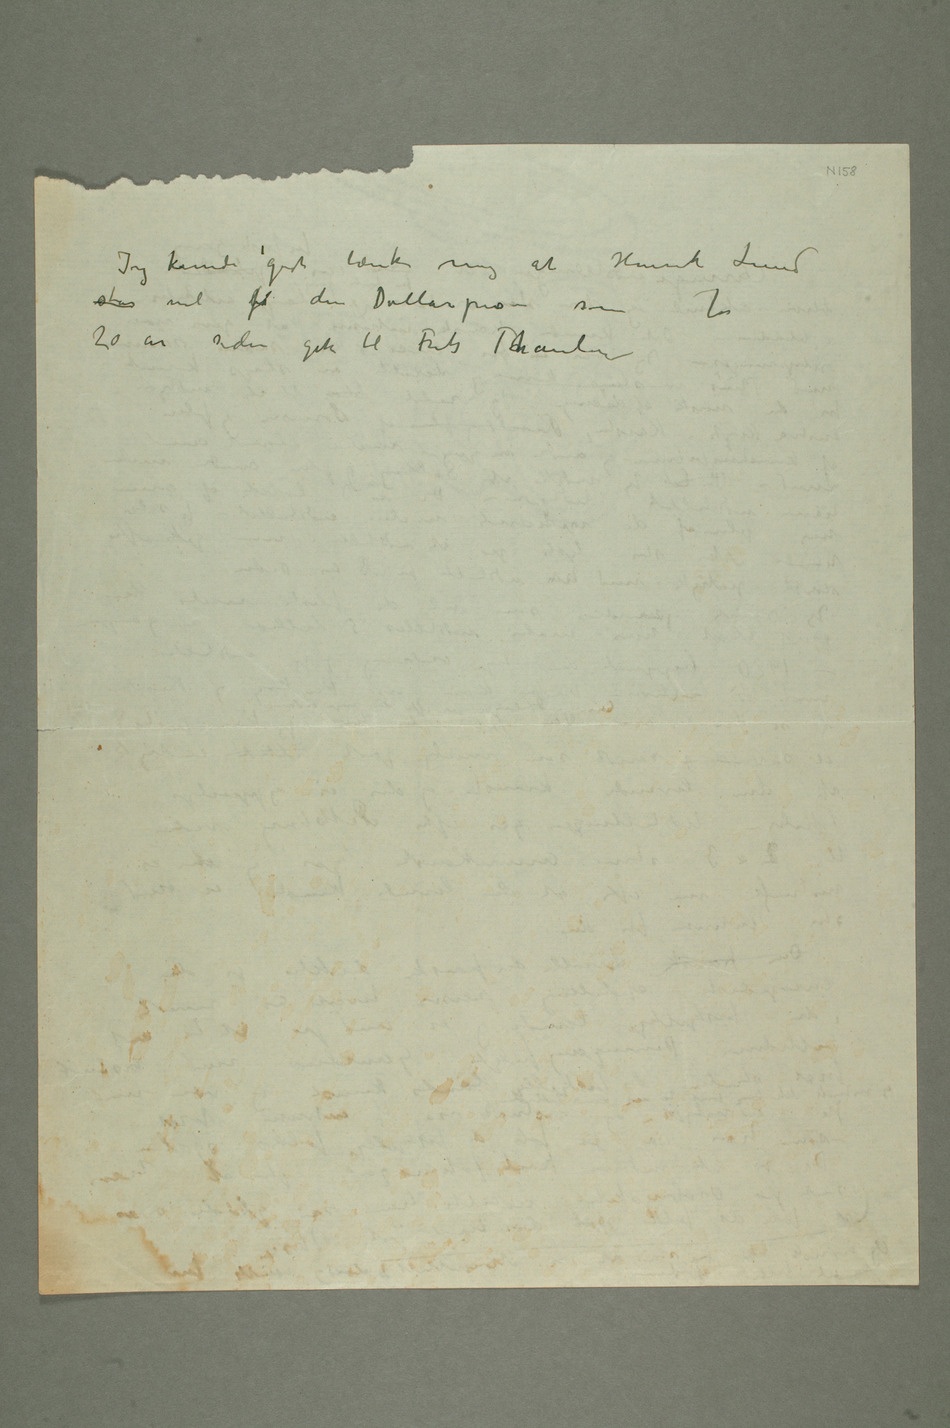
Jeg kunde godt tænke mig at Henrik Lund
står vil få den Dollarprisen som for